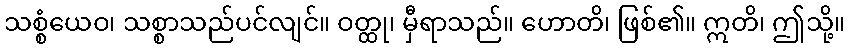
သစ္စံယေဝ၊ သစ္စာသည်ပင်လျင်။ ဝတ္ထု၊ မှီရာသည်။ ဟောတိ၊ ဖြစ်၏။ ဣတိ၊ ဤသို့။